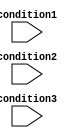
module if_else_ladder (
    input wire condition1,
    input wire condition2,
    input wire condition3
);

    reg [2:0] state;

    always @* begin
        if (condition1) begin
            // code block for condition 1
            state = 1;
        end else if (condition2) begin
            // code block for condition 2
            state = 2;
        end else if (condition3) begin
            // code block for condition 3
            state = 3;
        end else begin
            // default code block
            state = 0;
        end
    end

endmodule